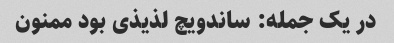
در یک جمله: ساندویچ لذیذی بود ممنون